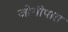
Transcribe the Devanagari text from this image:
जोगीपारा